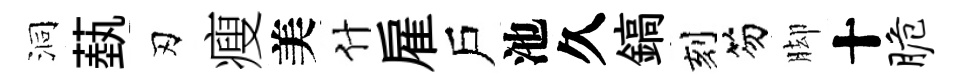
洞蓺刃瘦美什雇戶池久鎬刻笏脚十脆